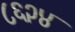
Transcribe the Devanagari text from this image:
८६२४